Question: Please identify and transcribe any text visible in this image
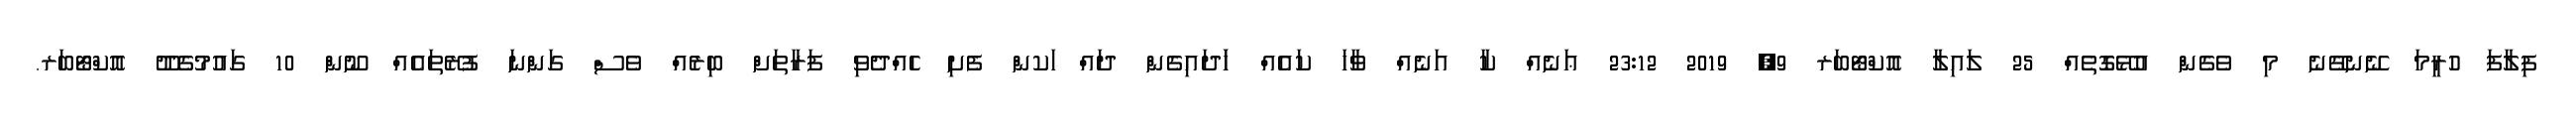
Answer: ފިލާފަ ހުރީމަ ނޭނގޭނެ މި ވެގެން އުޅޭގޮތެއް 25 ލައިލާ އޮކްޓޯބަރ 9, 2019 23:12 ޢަނެއް ކާ އަނެއް ވާހަ ކައެއް ހަަދައިގެން ދައް ަކން ފެށި ހެއްދެވި ފަރާތަށް ބިރެއް ވެސް ގަންނަ ފުރޭތައެއް ނޫން 10 ގައުމުގެދޫ އޮކްޓޯބަރ.